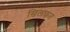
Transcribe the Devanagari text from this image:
खिलफत